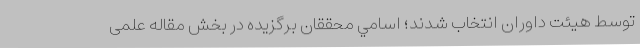
توسط هیئت داوران انتخاب شدند؛ اسامي محققان برگزیده در بخش مقاله علمی